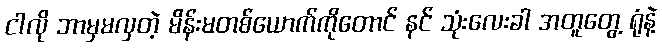
ငါလို ဘာမှမလှတဲ့ မိန်းမတစ်ယောက်ကိုတောင် နင် သုံးလေးခါ အတူတွေ့ ရုံနဲ့